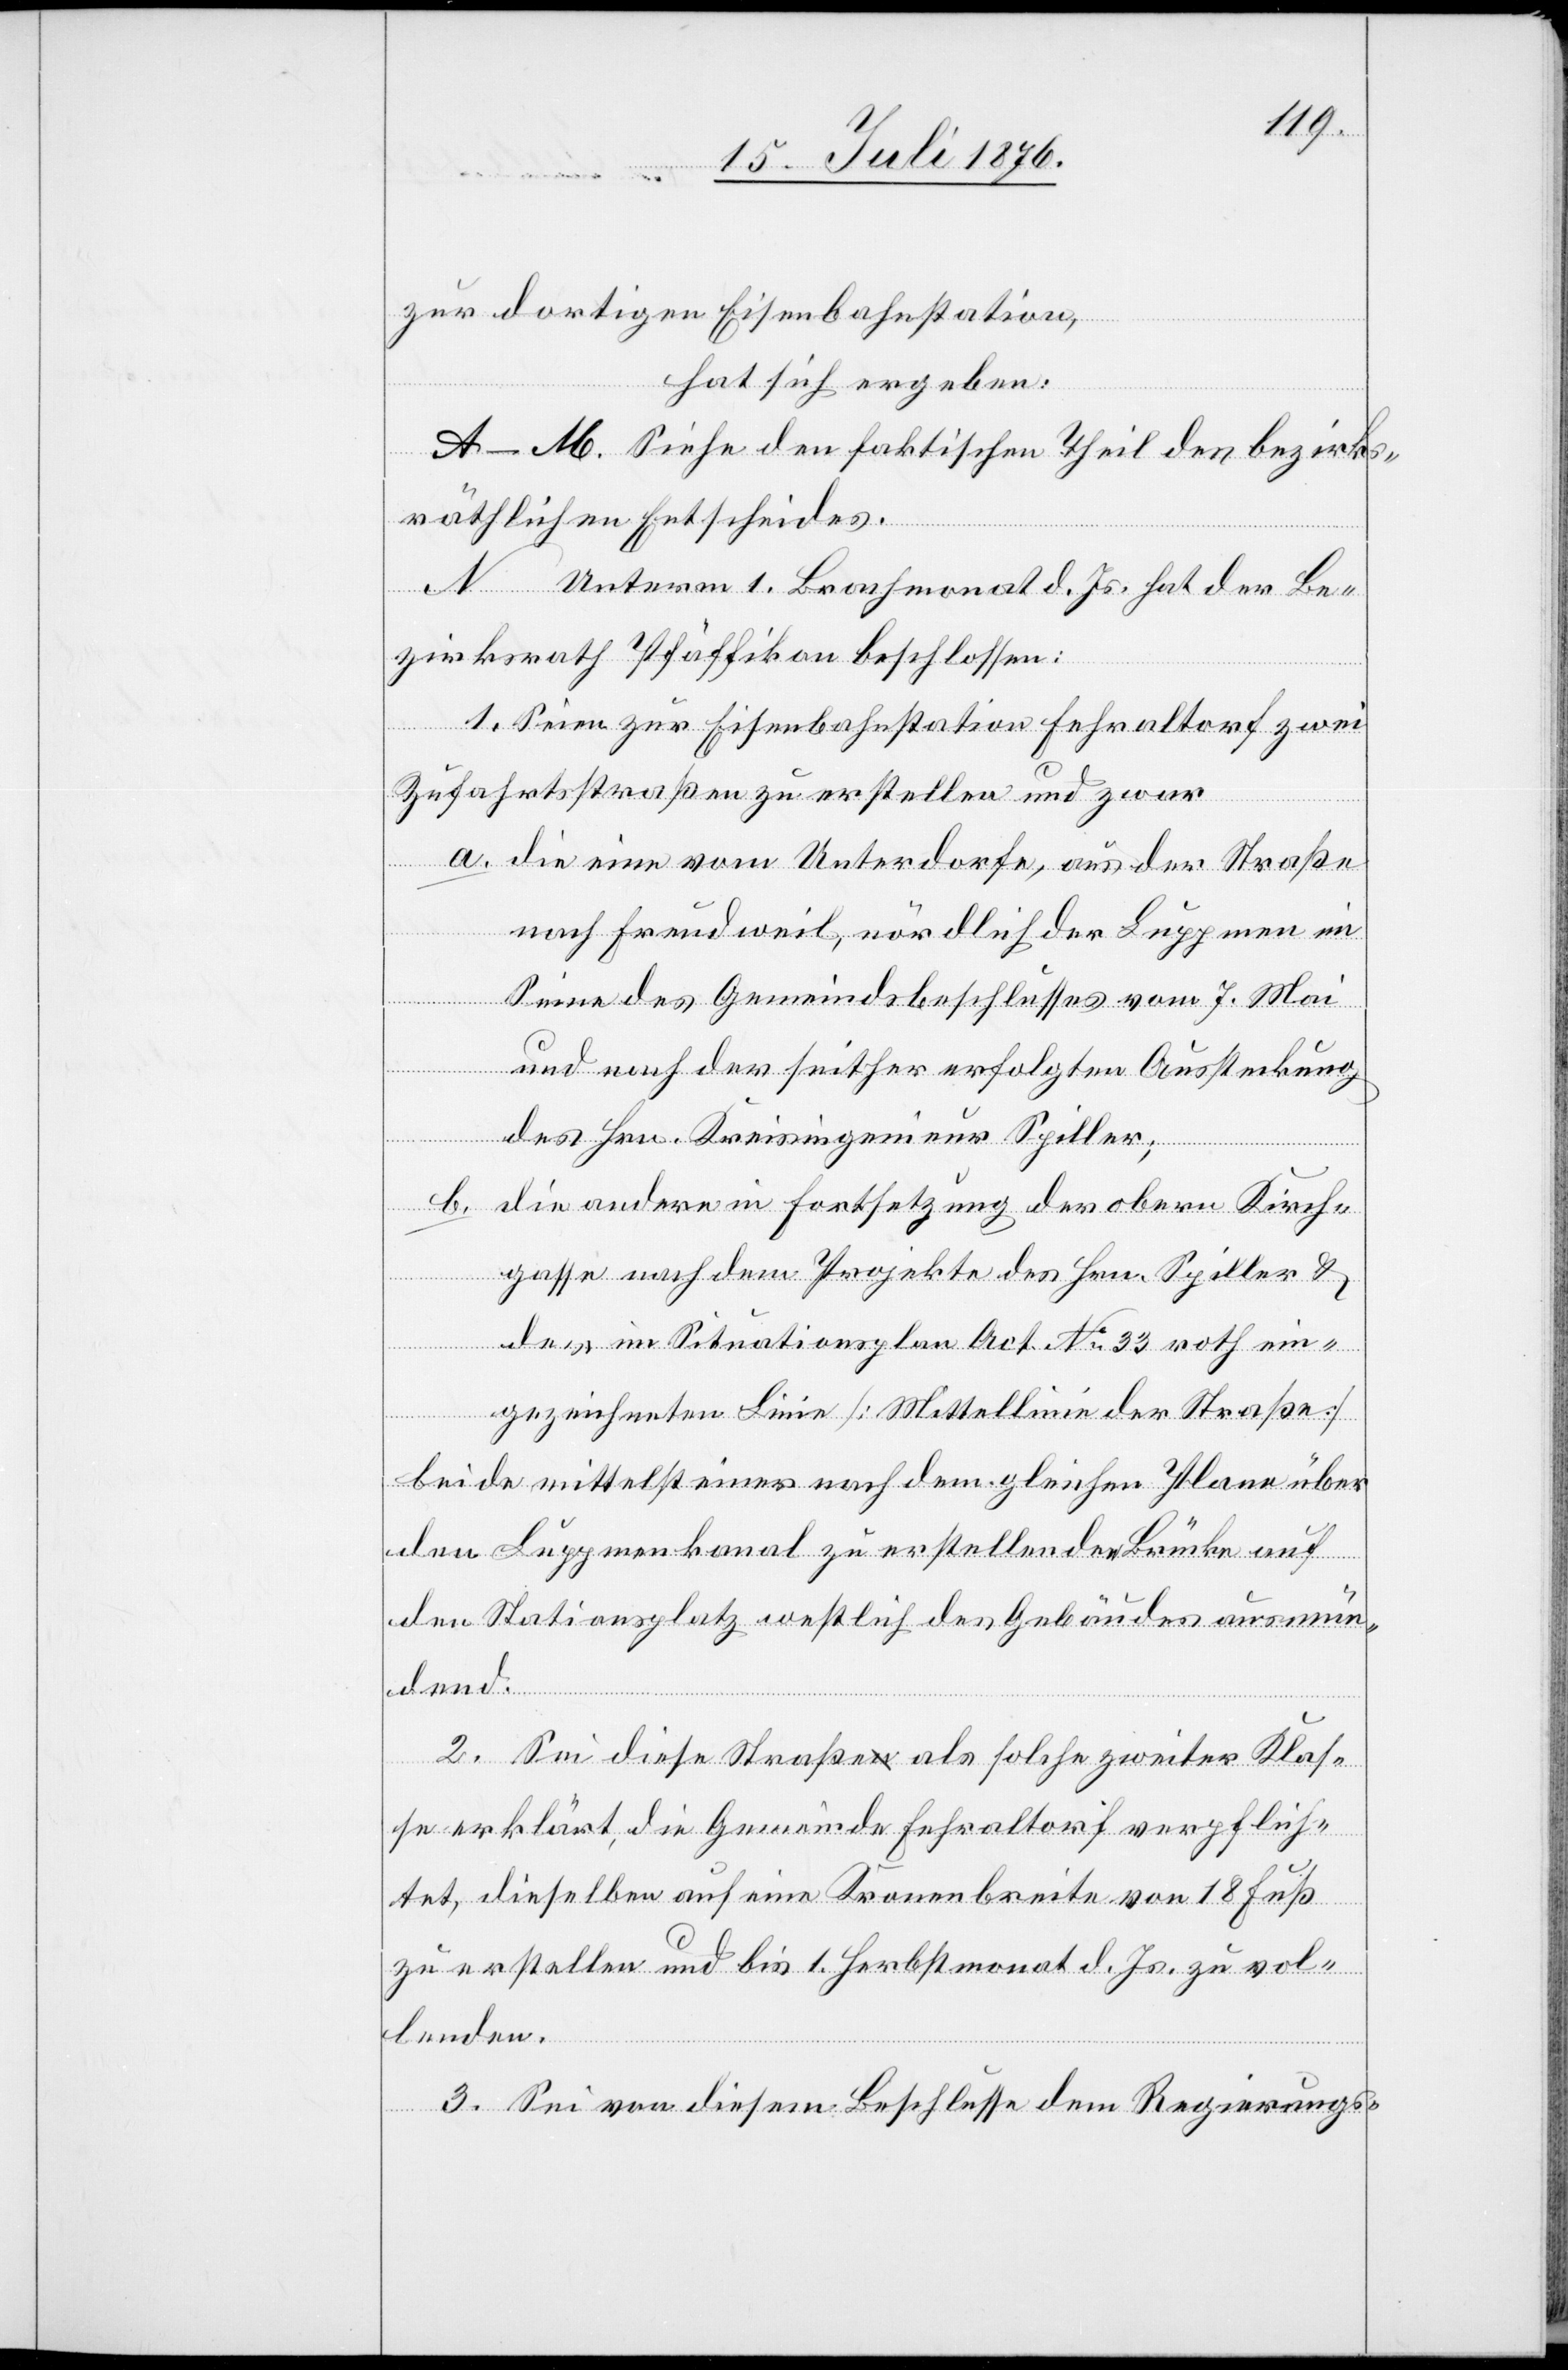
zur dortigen Eisenbahnstation,
hat sich ergeben:
A–M. Siehe den faktischen Theil des bezirks¬
räthlichen Entscheides.
N. Unterm 1. Brachmonat d. Js. hat der Be¬
zirksrath Pfäffikon beschlossen:
1. Seien zur Eisenbahnstation Fehraltorf zwei
Zufahrtsstraßen zu erstellen und zwar
a. die eine vom Unterdorfe, aus der Straße
nach Freudweil, nördlich der Luppmen im
Sinne des Gemeindsbeschlusses vom 7. Mai
und nach der seither erfolgten Aussteckung
des Hrn. Kreisingenieur Spiller,
b. die andere in Fortsetzung der obern Kirch¬
gasse nach dem Projekte des Hrn. Spiller &
der im Situationsplan Act. No 33 roth ein¬
gezeichneten Linie [Mittellinie der Straße]
beide mittelst einer nach dem gleichen Plane über
den Luppmenkanal zu erstellenden Brücke auf
den Stationsplatz westlich des Gebäudes ausmün¬
dend.
2. Sei diese Straße als solche zweiter Klas¬
se erklärt, die Gemeinde Fehraltorf verpflich¬
tet, dieselben auf eine Kronenbreite von 18 Fuß
zu erstellen und bis 1. Herbstmonat d. Js. zu vol¬
lenden.
3. Sei von diesem Beschlusse dem Regierungs-